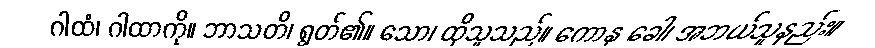
ဂါထံ၊ ဂါထာကို။ ဘာသတိ၊ ရွတ်၏။ သော၊ ထိုသူသည်။ ကောနု ခေါ၊ အဘယ်သူနည်း။